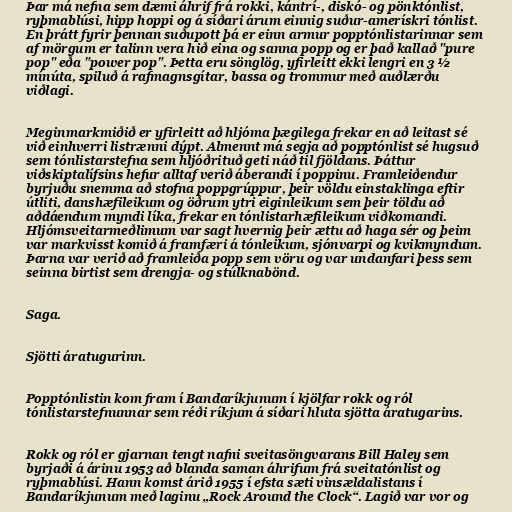
Þar má nefna sem dæmi áhrif frá rokki, kántrí-, diskó- og pönktónlist,
ryþmablúsi, hipp hoppi og á síðari árum einnig suður-amerískri tónlist.
En þrátt fyrir þennan suðupott þá er einn armur popptónlistarinnar sem
af mörgum er talinn vera hið eina og sanna popp og er það kallað "pure
pop" eða "power pop". Þetta eru sönglög, yfirleitt ekki lengri en 3 ½
mínúta, spiluð á rafmagnsgítar, bassa og trommur með auðlærðu
viðlagi.

Meginmarkmiðið er yfirleitt að hljóma þægilega frekar en að leitast sé
við einhverri listrænni dýpt. Almennt má segja að popptónlist sé hugsuð
sem tónlistarstefna sem hljóðrituð geti náð til fjöldans. Þáttur
viðskiptalífsins hefur alltaf verið áberandi í poppinu. Framleiðendur
byrjuðu snemma að stofna poppgrúppur, þeir völdu einstaklinga eftir
útliti, danshæfileikum og öðrum ytri eiginleikum sem þeir töldu að
aðdáendum myndi líka, frekar en tónlistarhæfileikum viðkomandi.
Hljómsveitarmeðlimum var sagt hvernig þeir ættu að haga sér og þeim
var markvisst komið á framfæri á tónleikum, sjónvarpi og kvikmyndum.
Þarna var verið að framleiða popp sem vöru og var undanfari þess sem
seinna birtist sem drengja- og stúlknabönd.

Saga.

Sjötti áratugurinn.

Popptónlistin kom fram í Bandaríkjunum í kjölfar rokk og ról
tónlistarstefnunnar sem réði ríkjum á síðari hluta sjötta áratugarins.

Rokk og ról er gjarnan tengt nafni sveitasöngvarans Bill Haley sem
byrjaði á árinu 1953 að blanda saman áhrifum frá sveitatónlist og
ryþmablúsi. Hann komst árið 1955 í efsta sæti vinsældalistans í
Bandaríkjunum með laginu „Rock Around the Clock“. Lagið var vor og